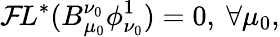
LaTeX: {\cal F}\! L^{*}(B_{\mu_{0}}^{\nu_{0}}\phi_{\nu_{0}}^{1})=0,\ \forall\mu_{0},